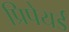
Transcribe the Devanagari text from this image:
प्रिपेयर्ड